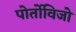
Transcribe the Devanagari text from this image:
पोर्तोविजो